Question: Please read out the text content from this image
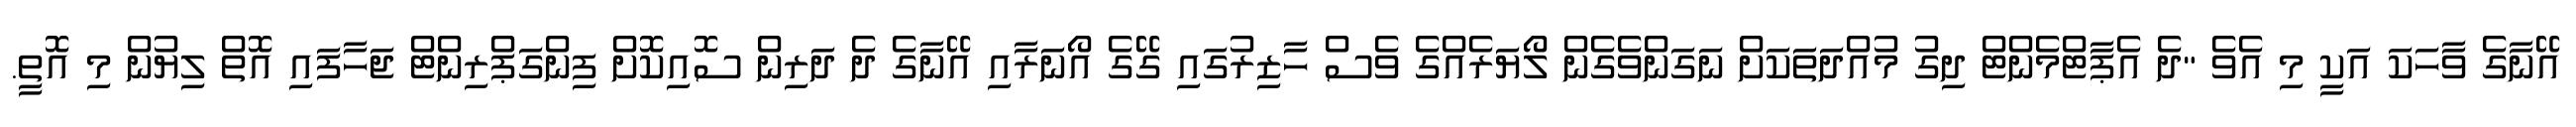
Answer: އޭނާގެ ވާހަކަ އަކީ މި އެވެ "ދެ އެޕާޓްމެންޓް ދިގު މުއްދަތަކަށް ނަގަންވެގެން ލޯޔަރެއްގެ ވެސް ހާޒިރުގައި ގޭގެ އޯނަރާއި އޭނާގެ ދެ ދަރިން ސޮއިކޮށް ފިންގަޕްރިންޓް ޖަހާފައި އޮތް ލިޔުން މި އޮތީ.